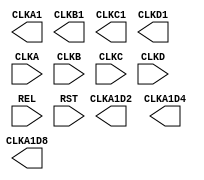
// $Header: /devl/xcs/repo/env/Databases/CAEInterfaces/verplex_libs/data/simprims/Attic/X_PMCD.v,v 1.1.2.1 2004/09/28 20:47:46 wloo Exp $

`timescale  1 ps / 1 ps

module X_PMCD (CLKA1, CLKA1D2, CLKA1D4, CLKA1D8, CLKB1, CLKC1, CLKD1, CLKA, CLKB, CLKC, CLKD, REL, RST); 

    output CLKA1;
    output CLKA1D2;
    output CLKA1D4;
    output CLKA1D8;
    output CLKB1;
    output CLKC1;
    output CLKD1;
    input CLKA;
    input CLKB;
    input CLKC;
    input CLKD;
    input REL;
    input RST;
    parameter EN_REL = "FALSE";
    parameter RST_DEASSERT_CLK = "CLKA";

endmodule